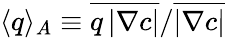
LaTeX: \langle q\rangle_{A}\equiv\overline{{q\left\vert\nabla c\right\vert}}/\overline{{\left\vert\nabla c\right\vert}}